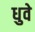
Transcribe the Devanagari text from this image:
धुवे